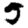
Digit: 5